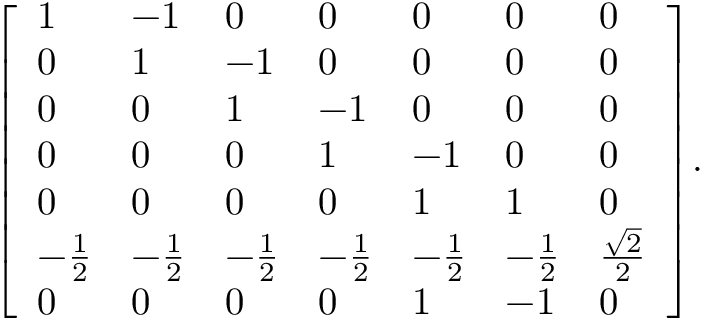
{ \left[ \begin{array} { l l l l l l l } { 1 } & { - 1 } & { 0 } & { 0 } & { 0 } & { 0 } & { 0 } \\ { 0 } & { 1 } & { - 1 } & { 0 } & { 0 } & { 0 } & { 0 } \\ { 0 } & { 0 } & { 1 } & { - 1 } & { 0 } & { 0 } & { 0 } \\ { 0 } & { 0 } & { 0 } & { 1 } & { - 1 } & { 0 } & { 0 } \\ { 0 } & { 0 } & { 0 } & { 0 } & { 1 } & { 1 } & { 0 } \\ { - { \frac { 1 } { 2 } } } & { - { \frac { 1 } { 2 } } } & { - { \frac { 1 } { 2 } } } & { - { \frac { 1 } { 2 } } } & { - { \frac { 1 } { 2 } } } & { - { \frac { 1 } { 2 } } } & { { \frac { \sqrt { 2 } } { 2 } } } \\ { 0 } & { 0 } & { 0 } & { 0 } & { 1 } & { - 1 } & { 0 } \end{array} \right] } .